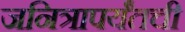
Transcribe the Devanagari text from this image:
जनित्रापर्यंतची